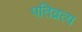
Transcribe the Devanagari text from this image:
पतिव्रत्य